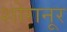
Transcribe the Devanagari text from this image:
शोरानूर